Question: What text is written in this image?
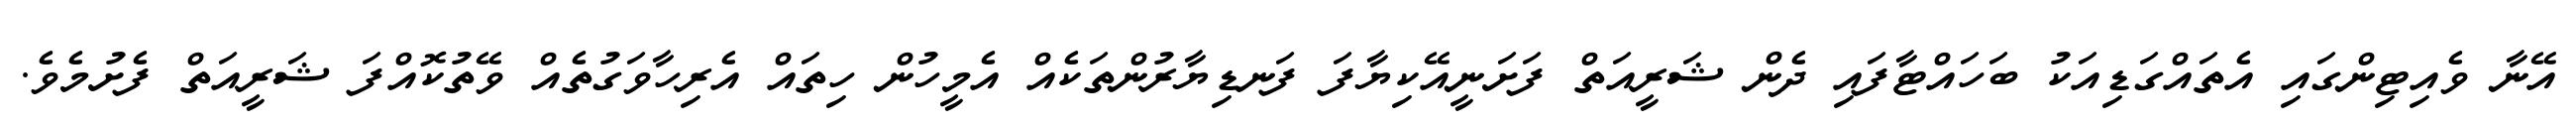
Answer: އޭނާ ވެއިޓިންގައި އެތައްގަޑިއަކު ބަހައްޓާފައި ދެން ޝަރީއަތް ފަށަނީއޭކިޔާފަ ފަނޑިޔާރުންތަކެއް އެމީހުން ހިތައް އެރިހާވަގުތެއް ވޭތުކޮއްފަ ޝަރީއަތް ފެށުމެވެ.